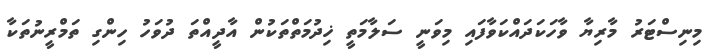
މިނިސްޓަރު މާރިޔާ ވާހަކަދައްކަވާފައި މިވަނީ ސަލާމަތީ ޚިދުމަތްތަކުން އާދީއްތަ ދުވަހު ހިންގި ތަމްރީނުތަކާ